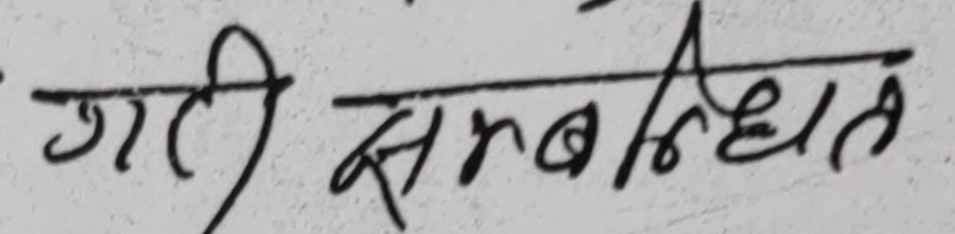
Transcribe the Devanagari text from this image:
जारी सम्बन्धित